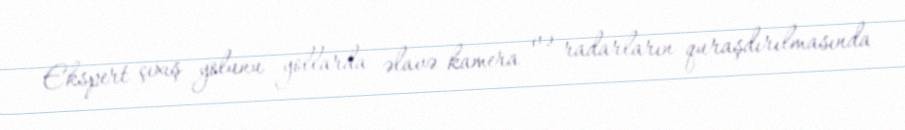
Ekspert çıxış yolunu yollarda əlavə kamera və radarların quraşdırılmasında